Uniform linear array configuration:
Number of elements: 8
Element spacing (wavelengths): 0.25
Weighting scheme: kaiser
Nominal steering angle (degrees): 30
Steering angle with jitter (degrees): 30.572
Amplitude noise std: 0.05
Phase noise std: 0.05

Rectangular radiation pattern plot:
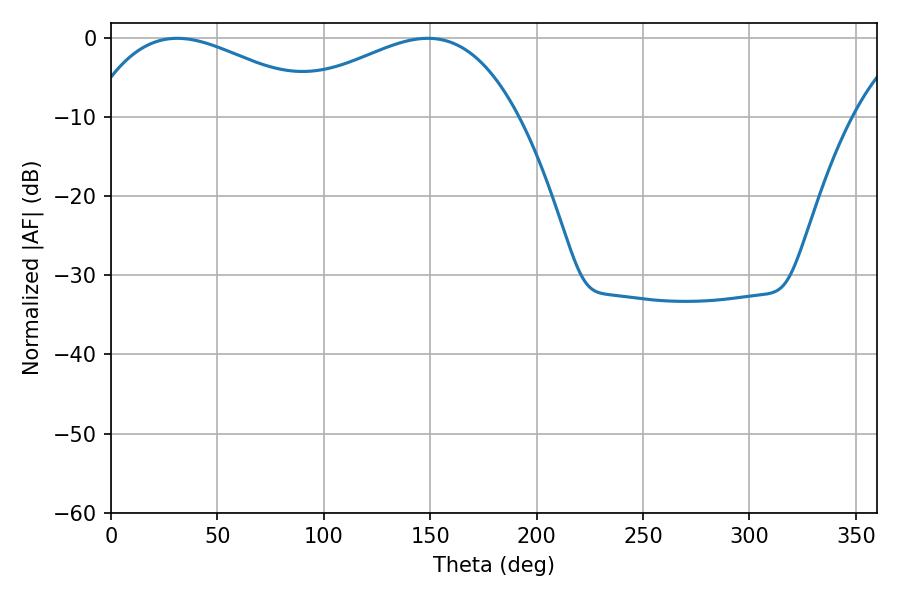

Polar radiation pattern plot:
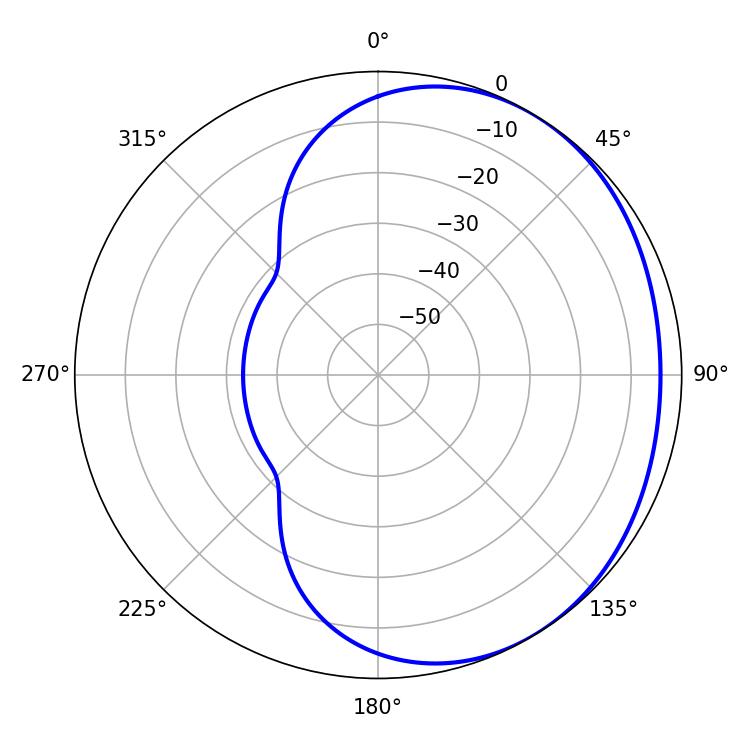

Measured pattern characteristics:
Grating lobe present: FALSE
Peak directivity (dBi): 1.978
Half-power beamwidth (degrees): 61.74
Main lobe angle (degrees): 31.14